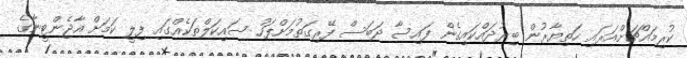
ކުރިމައްޗަށްއަރައި ހަތިޔާރުން ބިރުދައްކައިގެން ފައިސާ ދަބަސް ފޭރިގަތުމަށްފަހު ސައިކަލްތަކެއްގައި ފިލީ ކަމަށް އާޖެންޓީނާގެ